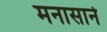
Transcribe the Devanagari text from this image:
मनासाने